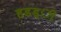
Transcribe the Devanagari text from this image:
हडड्ी